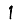
Digit: 1